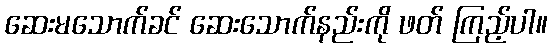
ဆေးမသောက်ခင် ဆေးသောက်နည်းကို ဖတ် ကြည့်ပါ။